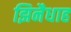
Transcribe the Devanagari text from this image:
झिनैधाह